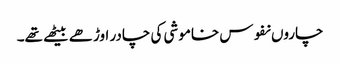
چاروں نفوس خاموشی کی چادر اوڑھے بیٹھے تھے۔